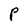
Character: P